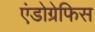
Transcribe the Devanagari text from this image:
एंडोग्रेफिस